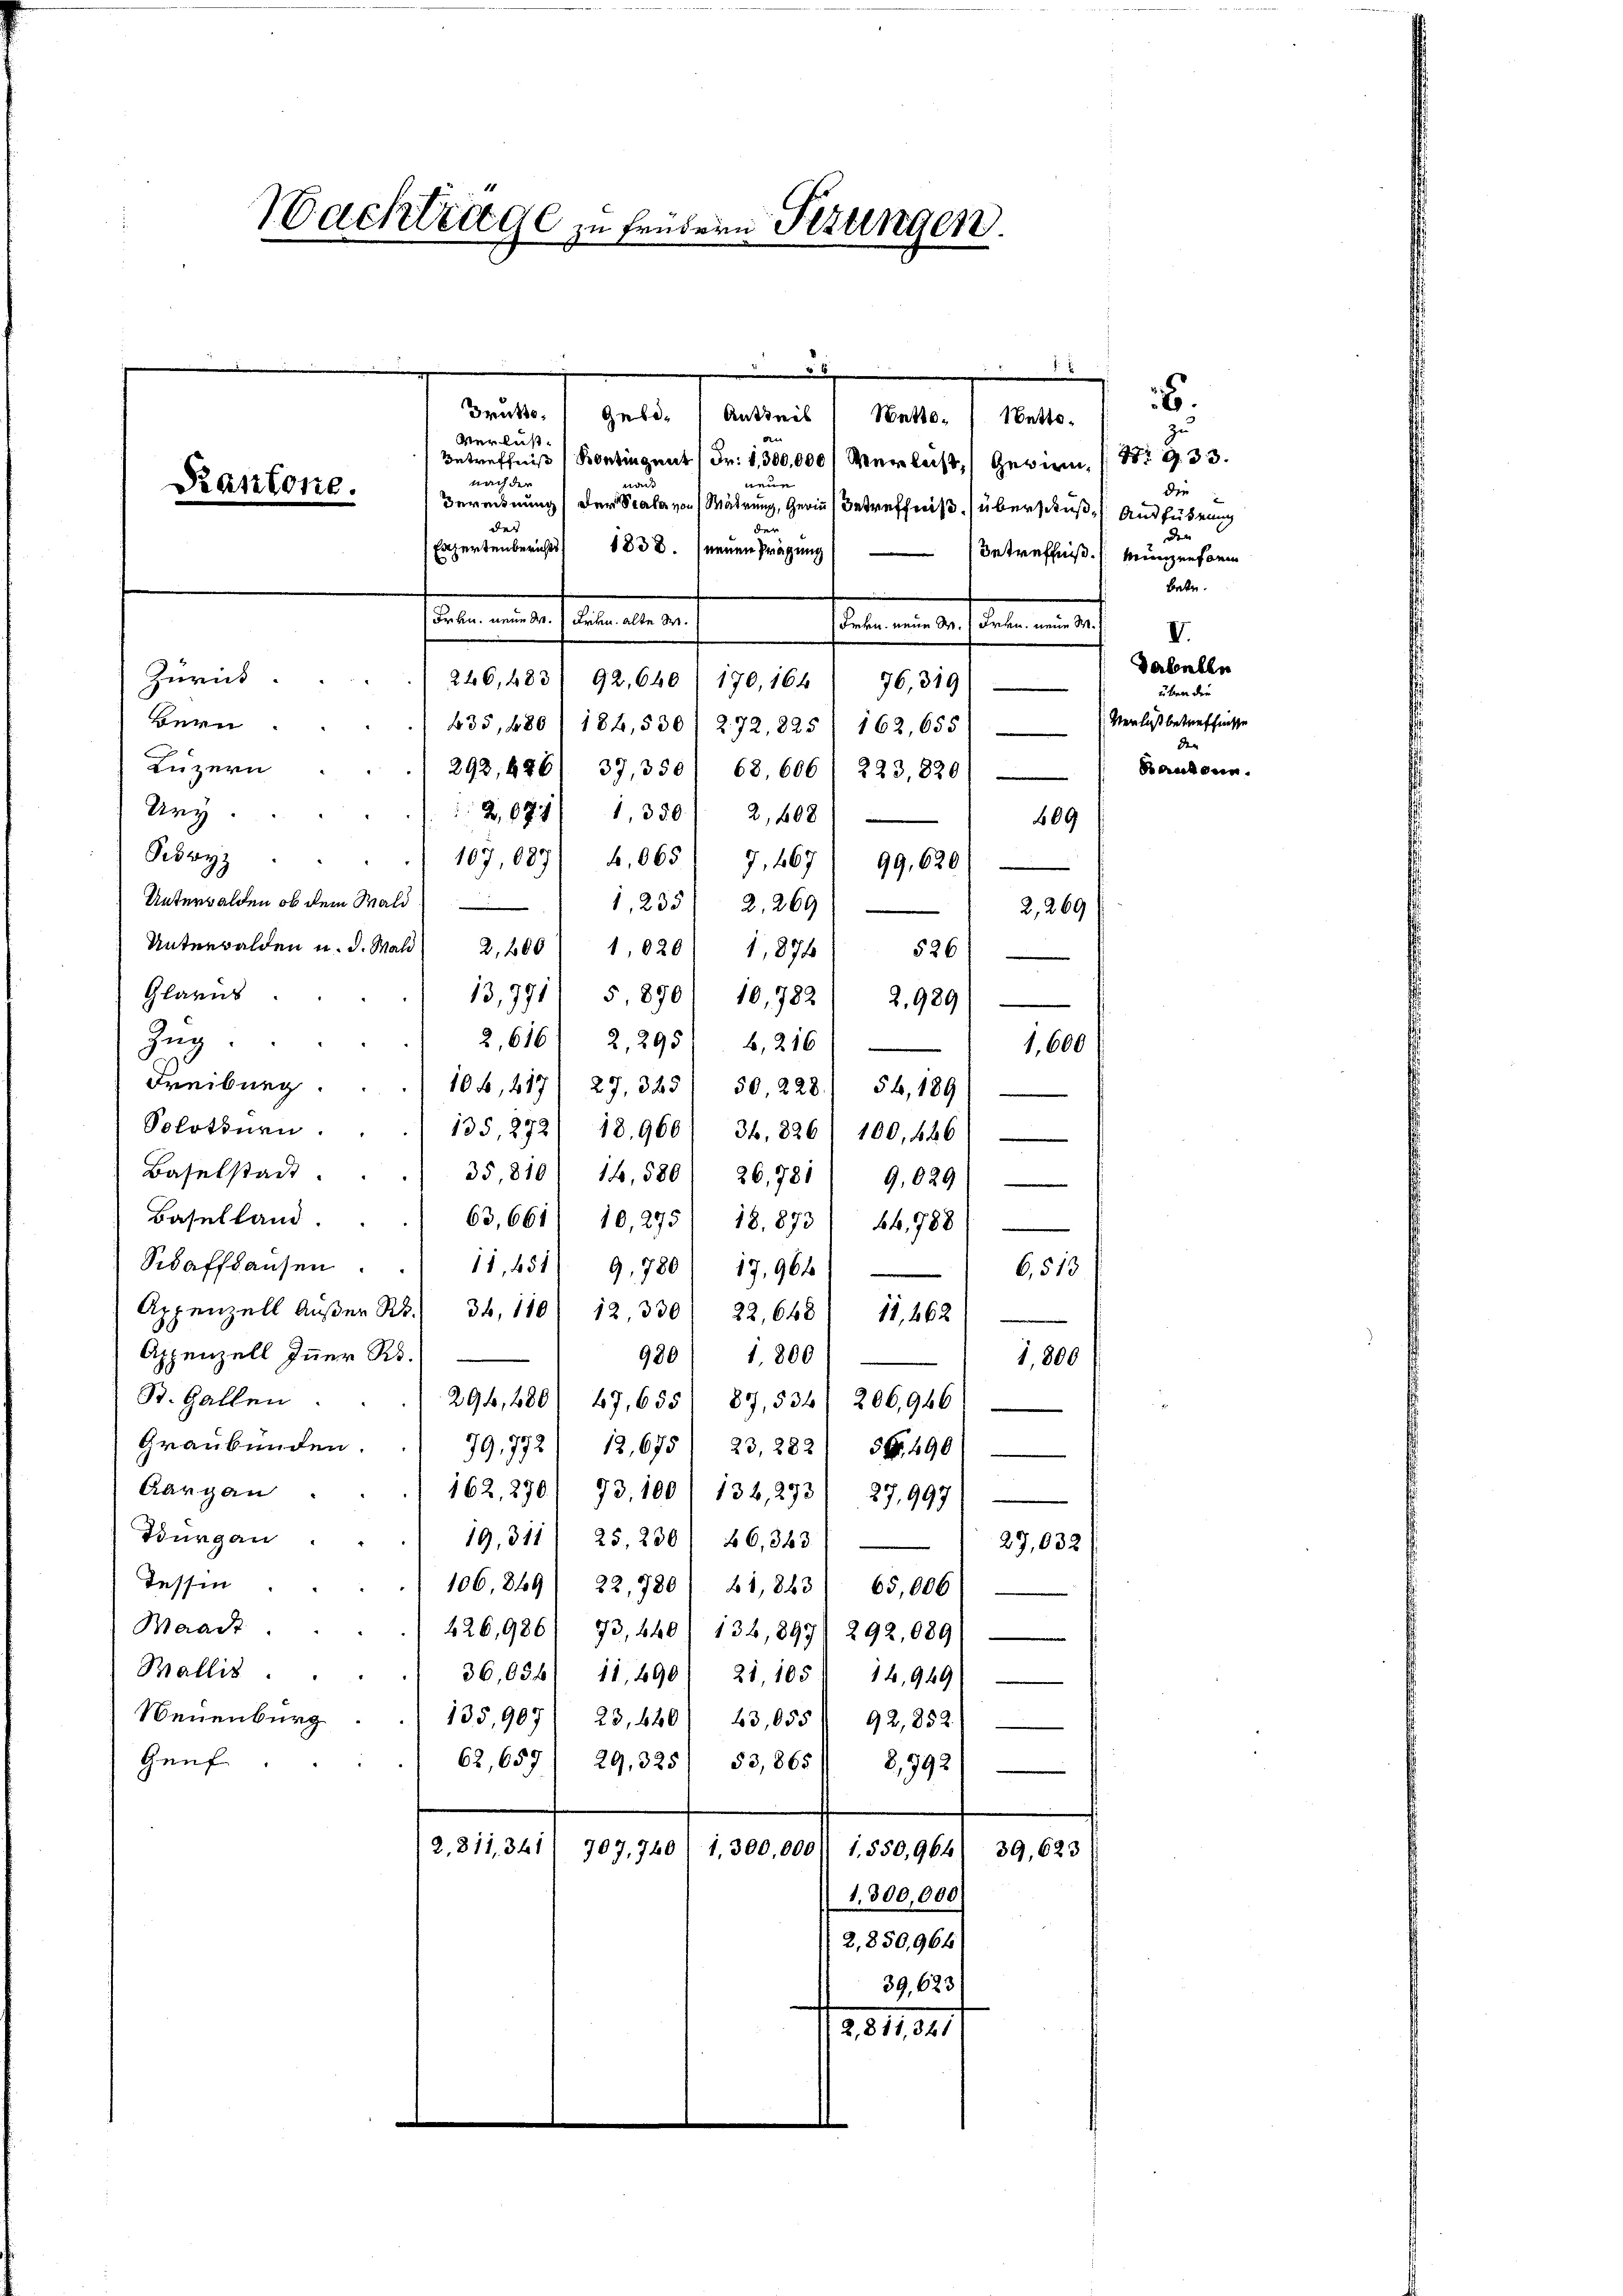
.
.
6.
Brütte geb. Antheil, Matte. ( Netto.
zu
Verlust.
Betreffniß (Kontingent Fr. 1,300,000 Verleist, Gewinn, St. G. 33.
nach der
neue
non
die
Bereinung (der Scala von Mährung, Gerin Betreffniß überschuß, Ausführung
der
der
den
Expertenberichts 1838. neuen Prägung
Betreffniß. Münzenform
betr.
1sten einer diese aber ein
tate an der diesen in der
Zurück.
246,483/92,640) 170, 164
76,319
Bern
435, 480) 184,530/ 272, 825 / 162, 655
Luzern
292,486/ 37, 350/ 68, 606. 223, 820
Urz
B,671/ 1, 380. 2, 408
609
Pedryz
107,087/ 4,065) 7,467 (99,620
Unterwalden, ob dem Wald
1,235) 2, 269
2, 269
e
Unterwalden u. d. Mald
1,020
2,200
526
1,870
Glarus
13,971
5, 870 10,782/ 2,989
Zug
2,616) 2,295) 4, 216
Freiburg.
104, 417, 27. 325/ 50. 228. 56, 1891
Solothurn. . . 135, 272/ 189601 34. 826. 100, 446)
Baselstadt.
35,810. 14,580/ 26,781/ 9,029/
Baselland.
63,661/ 10,275, 18. 873/ 64, 788/
Sidaffhausen.
11,451
9, 780) 17,964
6,513
Appenzell Aŭβer S. 34, 110 12, 330, 22, 648 11, 462
Appenzell Inner R
980) 1,800
1,800
St. Gallen
294, 680/ 67, 655 89, 534. 206,946)
Graubünden.
79,772/ 12,675/ 23, 282. 58, 490)
Aargau
162, 290. 93,100/ 136, 293/ 27,997)
Burgau.
19, 311) 25, 230, 66, 363
27,032
Tessin
106. 849) 22, 780) 61,863/ 65,006
Waadt
226,986/ 73,640/ 134, 897) 292,0891
Wallis.
36,0341 11,690. 21, 105 " 14,949)
Neuenburg
135,907/ 23,640/ 43,055/ 92,852)
Genf
62,657/ 29,325/ 53,865
8,992)
2,811,341. 707, 740
1,300,000, 1550,964/ 39,623
1,300,000
2,850,964
39,623
281184.

Nachtrage zu sondern Sizungen.

Kantone.

1,600

V.
Dabulen
üben die
Verlust betreffnisse
den
Bauten.